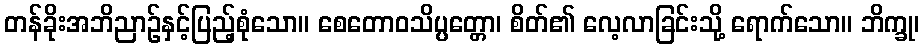
တန်ခိုးအဘိညာဉ်နှင့်ပြည့်စုံသော။ စေတောဝသိပ္ပတ္တော၊ စိတ်၏ လေ့လာခြင်းသို့ ရောက်သော။ ဘိက္ခု၊